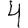
Digit: 4